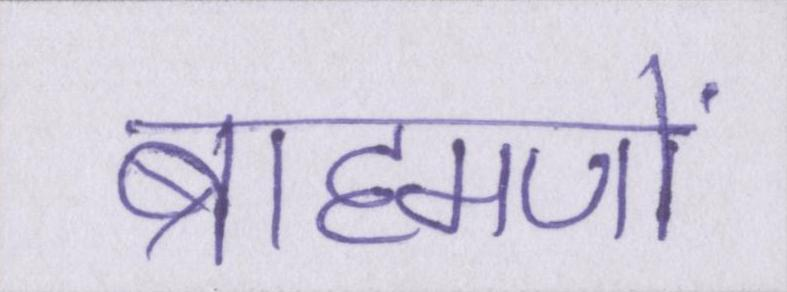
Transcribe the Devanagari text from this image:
ब्राह्मणों